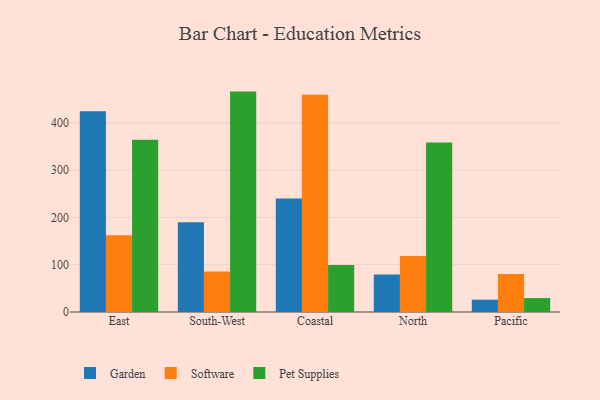
{"axis": {"x": "Region", "y": "Conversion Rate (%)"}, "legend": ["Garden", "Pet Supplies", "Software"], "data": [{"x": "East", "y": 424.1, "type": "Garden"}, {"x": "East", "y": 162.4, "type": "Software"}, {"x": "East", "y": 364.2, "type": "Pet Supplies"}, {"x": "South-West", "y": 189.6, "type": "Garden"}, {"x": "South-West", "y": 85.7, "type": "Software"}, {"x": "South-West", "y": 465.8, "type": "Pet Supplies"}, {"x": "Coastal", "y": 240.0, "type": "Garden"}, {"x": "Coastal", "y": 459.0, "type": "Software"}, {"x": "Coastal", "y": 99.3, "type": "Pet Supplies"}, {"x": "North", "y": 79.2, "type": "Garden"}, {"x": "North", "y": 118.1, "type": "Software"}, {"x": "North", "y": 358.1, "type": "Pet Supplies"}, {"x": "Pacific", "y": 26.0, "type": "Garden"}, {"x": "Pacific", "y": 80.5, "type": "Software"}, {"x": "Pacific", "y": 29.4, "type": "Pet Supplies"}]}